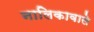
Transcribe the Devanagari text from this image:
नालिकावाले